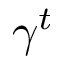
\gamma ^ { t }